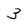
Character: 3